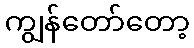
ကျွန်တော်တော့